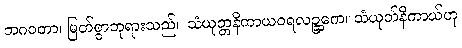
ဘဂဝတာ၊ မြတ်စွာဘုရားသည်။ သံယုတ္တနိကာယဝရလဉ္ဆကေ၊ သံယုတ်နိကာယ်ဟု